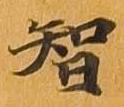
智